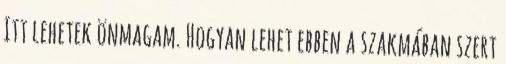
Itt lehetek önmagam. Hogyan lehet ebben a szakmában szert